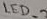
Text: LED_2